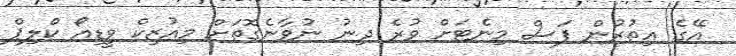
އޭގެ އިތުރުން ފަސް މިނެޓަށް ވުރެ ދިނު ނުވާނެގޮތަށް މިއުޒިކް ވީޑިއޯ ކްލިޕް